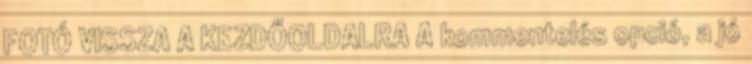
FOTÓ VISSZA A KEZDŐOLDALRA A kommentelés opció, a jó